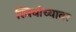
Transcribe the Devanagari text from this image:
स्त्रियांच्यावर